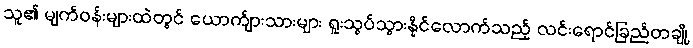
သူ၏ မျက်ဝန်းများထဲတွင် ယောက်ျားသားများ ရူးသွပ်သွားနိုင်လောက်သည့် လင်းရောင်ခြည်တချို့